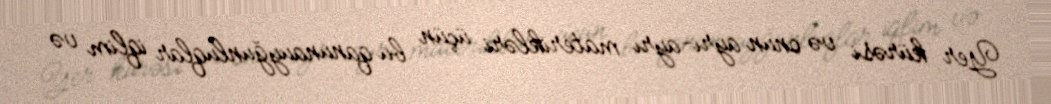
Yer kürəsi və onun ayrı-ayrı materikləri üçün bu qanunauyğunluqlar iqlim və